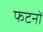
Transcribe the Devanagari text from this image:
फटनों